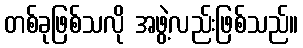
တစ်ခုဖြစ်သလို အဖွဲ့လည်းဖြစ်သည်။